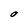
Character: O